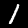
Digit: 1